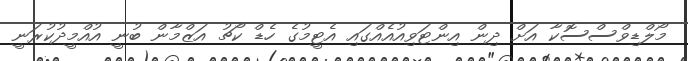
މޯލްޑިވްސްސޮކާ އަށް ދިން އިންޓަވިއުއެއްގައި އެޓީމުގެ ހެޑް ކޯޗު އަޒްމާން ބުނީ އުއްމީދުކުރަނީ